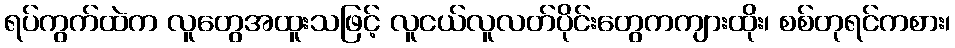
ရပ်ကွက်ထဲက လူတွေအထူးသဖြင့် လူငယ်လူလတ်ပိုင်းတွေကကျားထိုး၊ စစ်တုရင်ကစား၊